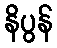
နိပွန်